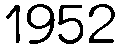
1952